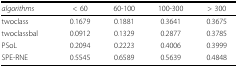
<table><thead><tr><td><b><i>algorithms</i></b></td><td><b>&lt; 60</b></td><td><b>60-100</b></td><td><b>100-300</b></td><td><b>&gt; 300</b></td></tr></thead><tbody><tr><td>twoclass</td><td>0.1679</td><td>0.1881</td><td>0.3641</td><td>0.3675</td></tr><tr><td>twoclassbal</td><td>0.0912</td><td>0.1329</td><td>0.2877</td><td>0.3785</td></tr><tr><td>PSoL</td><td>0.2094</td><td>0.2223</td><td>0.4006</td><td>0.3999</td></tr><tr><td>SPE-RNE</td><td>0.5545</td><td>0.6589</td><td>0.5639</td><td>0.4848</td></tr></tbody></table>